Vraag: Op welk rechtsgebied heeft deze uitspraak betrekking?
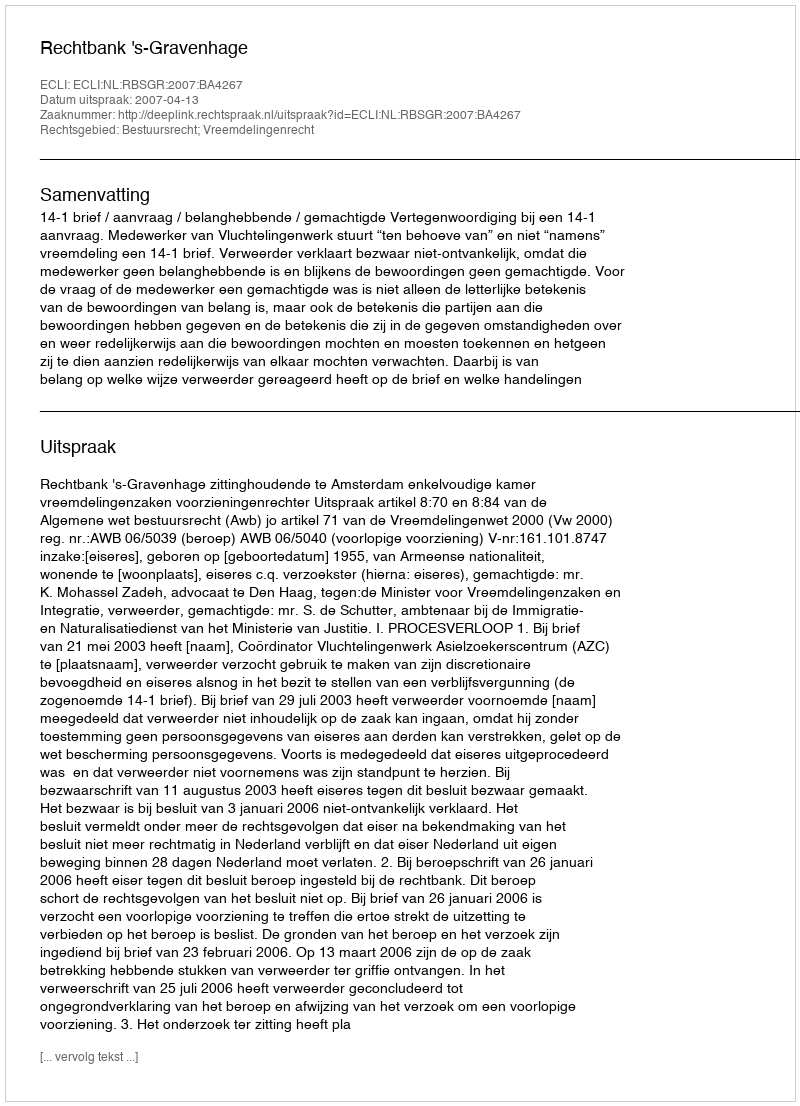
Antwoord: Bestuursrecht; Vreemdelingenrecht